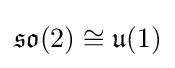
{\mathfrak {so}}(2)\cong {\mathfrak {u}}(1)